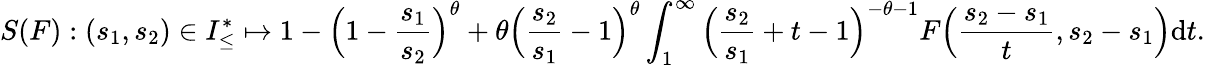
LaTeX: S(F):(s_{1},s_{2})\in I_{\leq}^{*}\mapsto 1-\Big(1-\frac{s_{1}}{s_{2}}\Big)^{\theta}+\theta\Big(\frac{s_{2}}{s_{1}}-1\Big)^{\theta}\int_{1}^{\infty}\Big(\frac{s_{2}}{s_{1}}+t-1\Big)^{-\theta-1}F\Big(\frac{s_{2}-s_{1}}{t},s_{2}-s_{1}\Big)\mathrm{d}t.